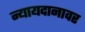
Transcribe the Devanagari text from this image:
न्यायदानावर